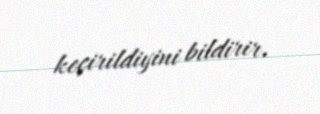
keçirildiyini bildirir.